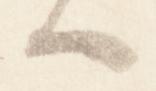
ハ